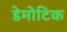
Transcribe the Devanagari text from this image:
डेमोटिक